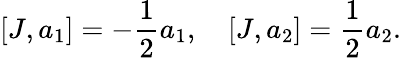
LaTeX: [J,a_{1}]=-{\frac{1}{2}}a_{1},\quad[J,a_{2}]={\frac{1}{2}}a_{2}.